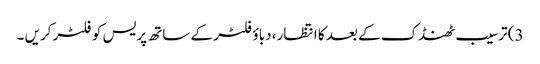
3) ترسیب ٹھنڈک کے بعد کا انتظار، دباؤ فلٹر کے ساتھ پریس کو فلٹر کریں ۔